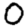
Digit: 0